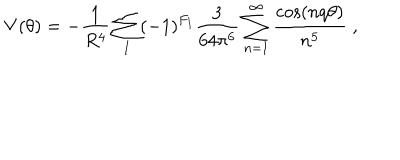
V ( \theta ) = - \frac { 1 } { R ^ { 4 } } \sum _ { I } ( - 1 ) ^ { F _ { I } } \frac { 3 } { 6 4 \pi ^ { 6 } } \sum _ { n = 1 } ^ { \infty } \frac { \cos ( n q \theta ) } { n ^ { 5 } } \; ,